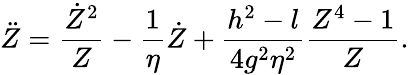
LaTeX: \ddot{Z}={\frac{\dot{Z}^{2}}{Z}}-{\frac{1}{\eta}}\dot{Z}+{\frac{h^{2}-l}{4g^{2}\eta^{2}}}{\frac{Z^{4}-1}{Z}}.